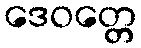
ဒေဝတ္တေ